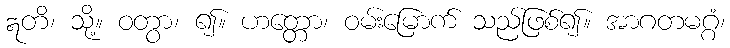
ဣတိ၊ သို့။ ဝတွာ၊ ၍။ ဟတ္တော၊ ဝမ်းမြောက် သည်ဖြစ်၍။ အာဂတမဂ္ဂံ၊